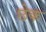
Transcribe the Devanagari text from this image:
छेक